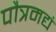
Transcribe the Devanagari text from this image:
पौत्रमद्यं